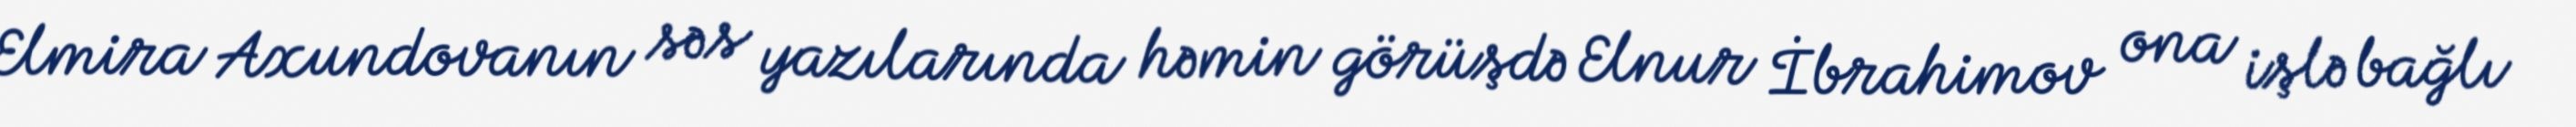
Elmira Axundovanın səs yazılarında həmin görüşdə Elnur İbrahimov ona işlə bağlı